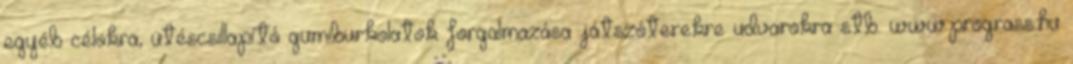
egyéb célokra, ütéscsillapító gumiburkolatok forgalmazása játszóterekre udvarokra stb. www.prograss.hu